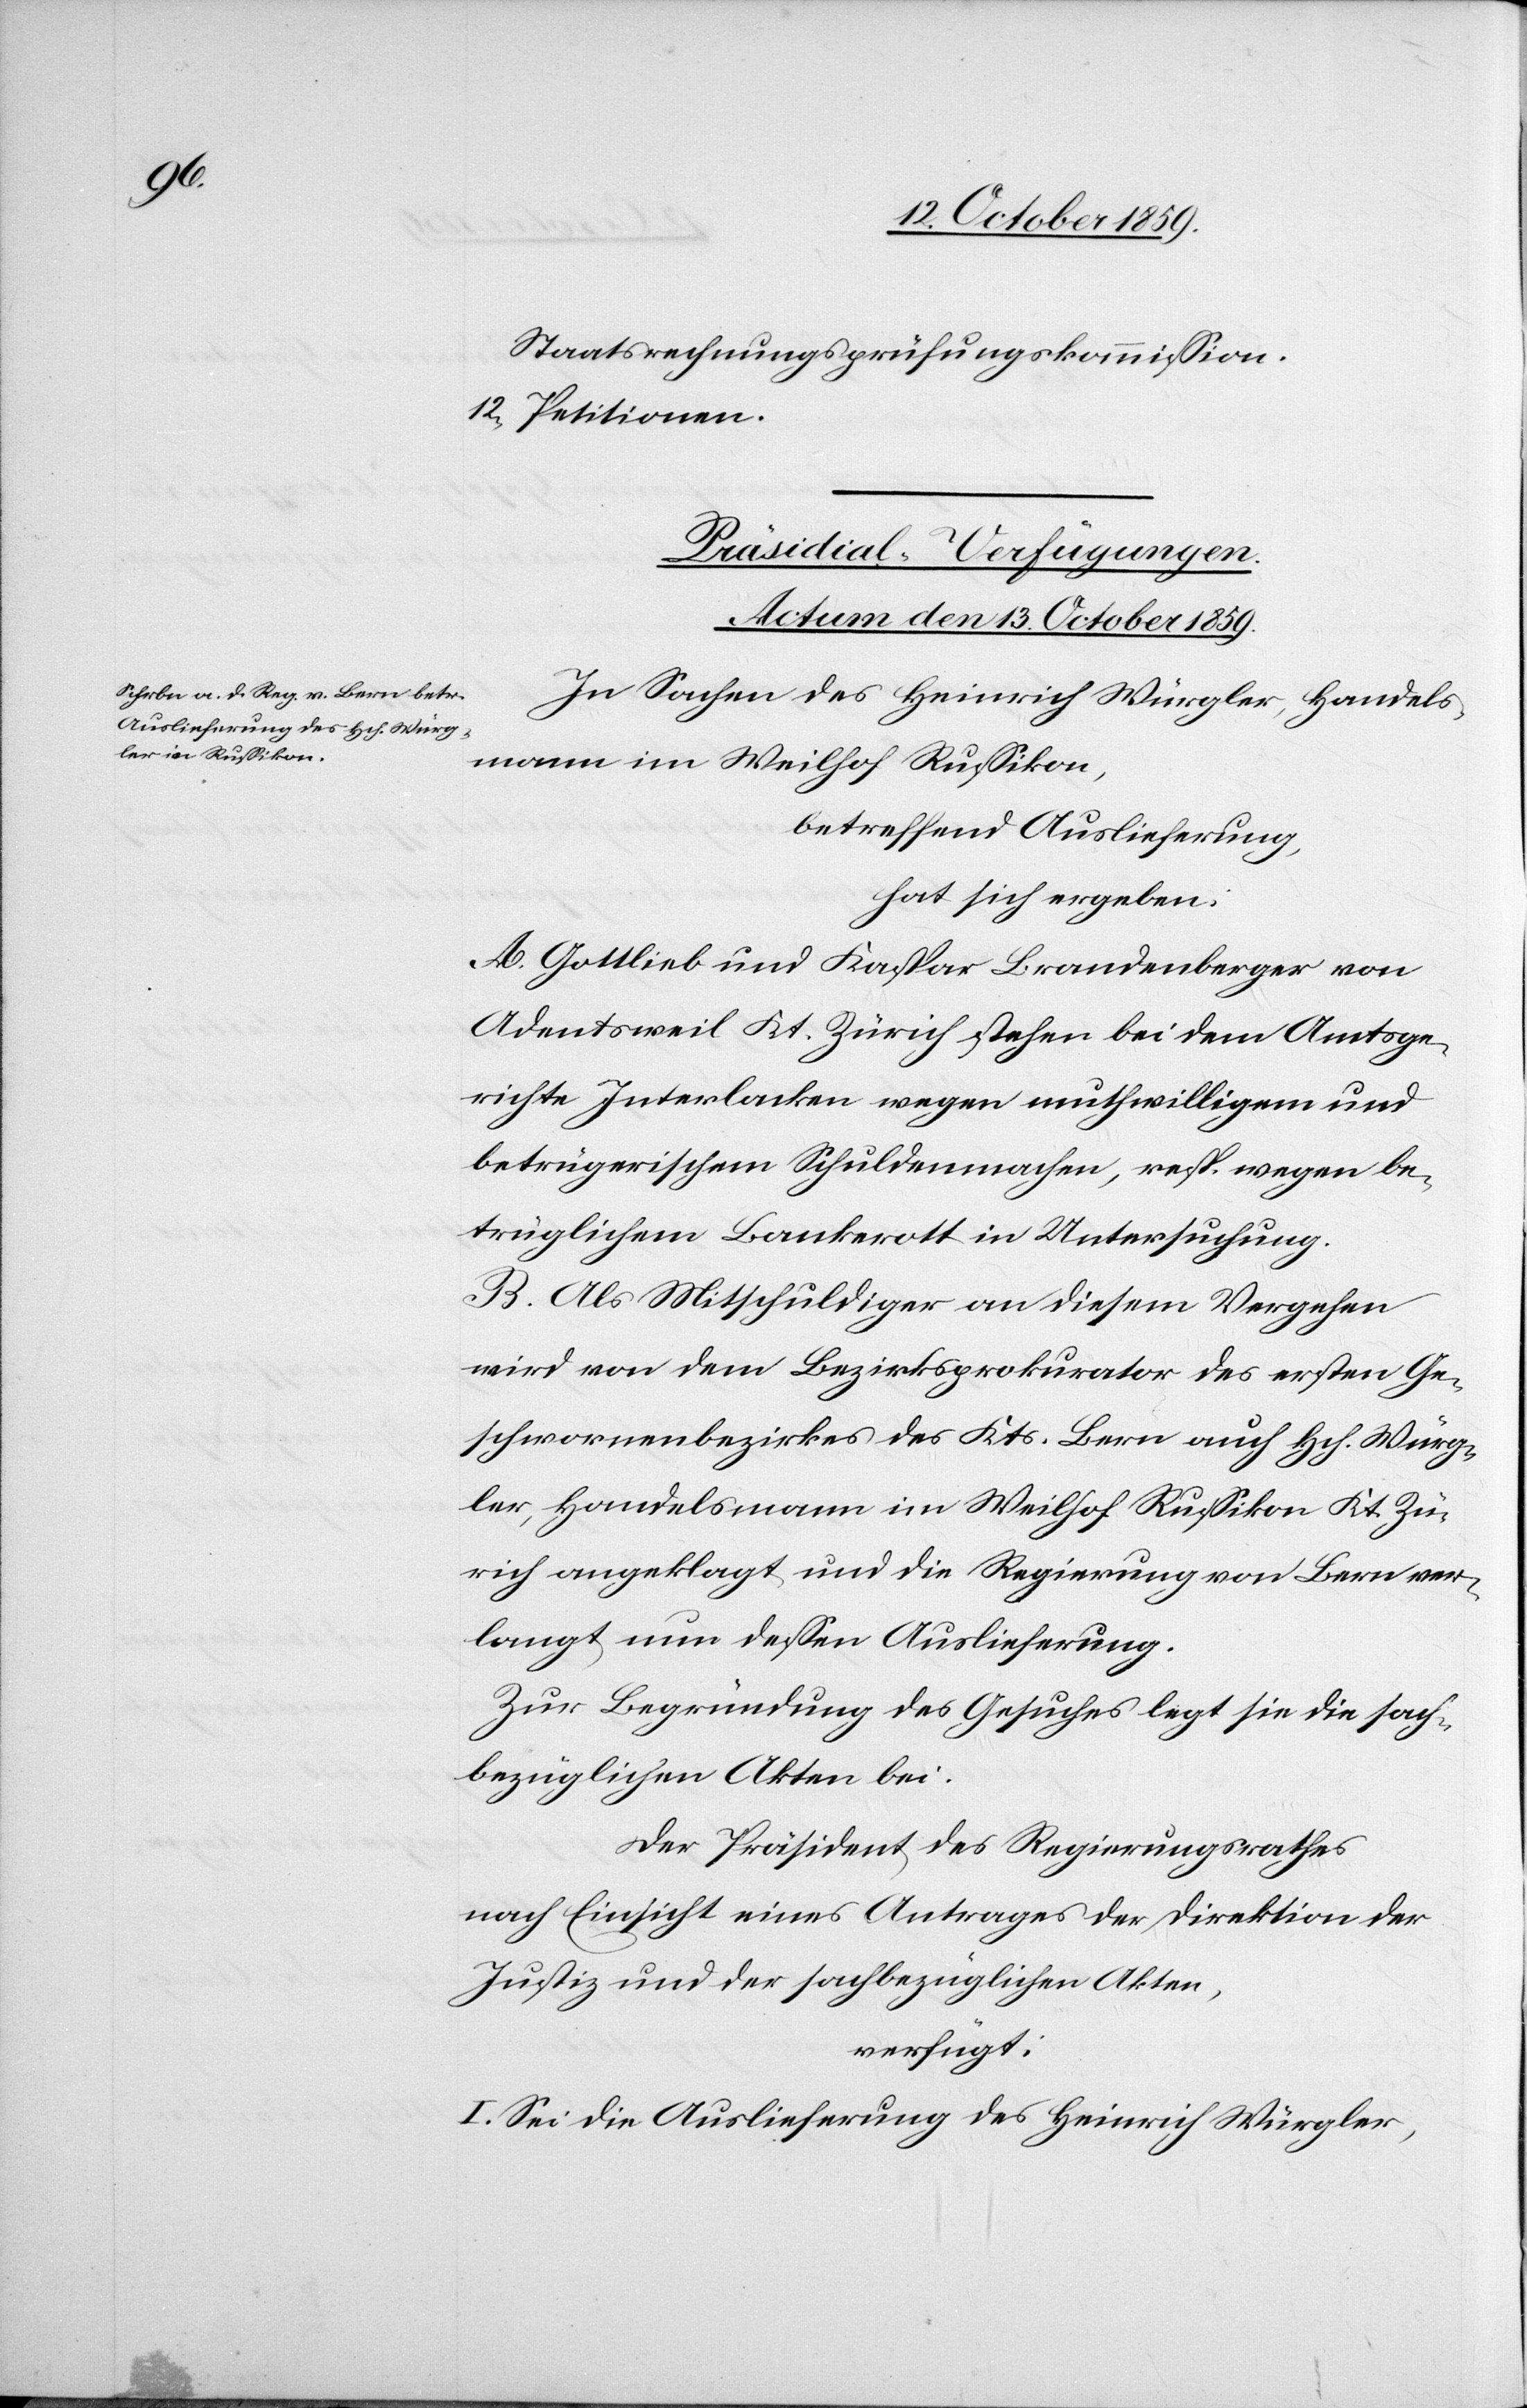
Staatsrechnungsprüfungskommission.
12) Petitionen.
Präsidial-Verfügungen.
Actum den 13. October 1859.
In Sachen des Heinrich Würgler, Handels¬
mann im Weilhof Russikon,
betreffend Auslieferung,
hat sich ergeben:
A. Gottlieb und Kaspar Brandenberger von
Adentsweil Kt. Zürich stehen bei dem Amtsge¬
richte Interlaken wegen muthwilligem und
betrügerischem Schuldenmachen, resp. wegen be¬
trüglichem Bankrott in Untersuchung.
B. Als Mitschuldiger an diesem Vergehen
wird von dem Bezirksprokurator des ersten Ge¬
schworenenbezirkes des Kts. Bern auch Hch. Würg¬
ler, Handelsmann im Weilhof Russikon Kt. Zü¬
rich angeklagt, und die Regierung von Bern ver¬
langt nun dessen Auslieferung.
Zur Begründung des Gesuches legt sie die fach¬
bezüglichen Akten bei.
Der Präsident des Regierungsrathes
nach Einsicht eines Antrages der Direktion der
Justiz und der fachbezüglichen Akten,
verfügt:
I. Sei die Auslieferung des Heinrich Würgler,